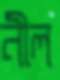
নীল